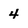
Character: 4